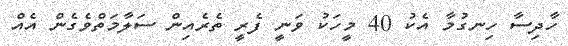
ހާދިސާ ހިނގުމާ އެކު 40 މީހަކު ވަނީ ފެރީ ތެރެއިން ސަލާމަތްވެގެން އެއް